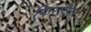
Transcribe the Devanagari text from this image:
फिरशील